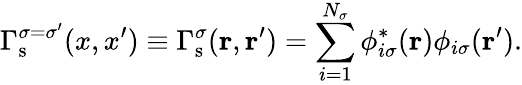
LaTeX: \Gamma_{\mathrm{s}}^{\sigma=\sigma^{\prime}}(x,x^{\prime})\equiv\Gamma_{\mathrm{s}}^{\sigma}(\mathbf{r},\mathbf{r}^{\prime})=\sum_{i=1}^{N_{\sigma}}\phi_{i\sigma}^{*}(\mathbf{r})\phi_{i\sigma}(\mathbf{r}^{\prime}).